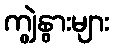
ကျွဲနွားများ